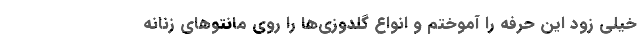
خیلی زود این حرفه را آموختم و انواع گلدوزی‌ها را روی مانتو‌های زنانه